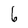
Character: 6